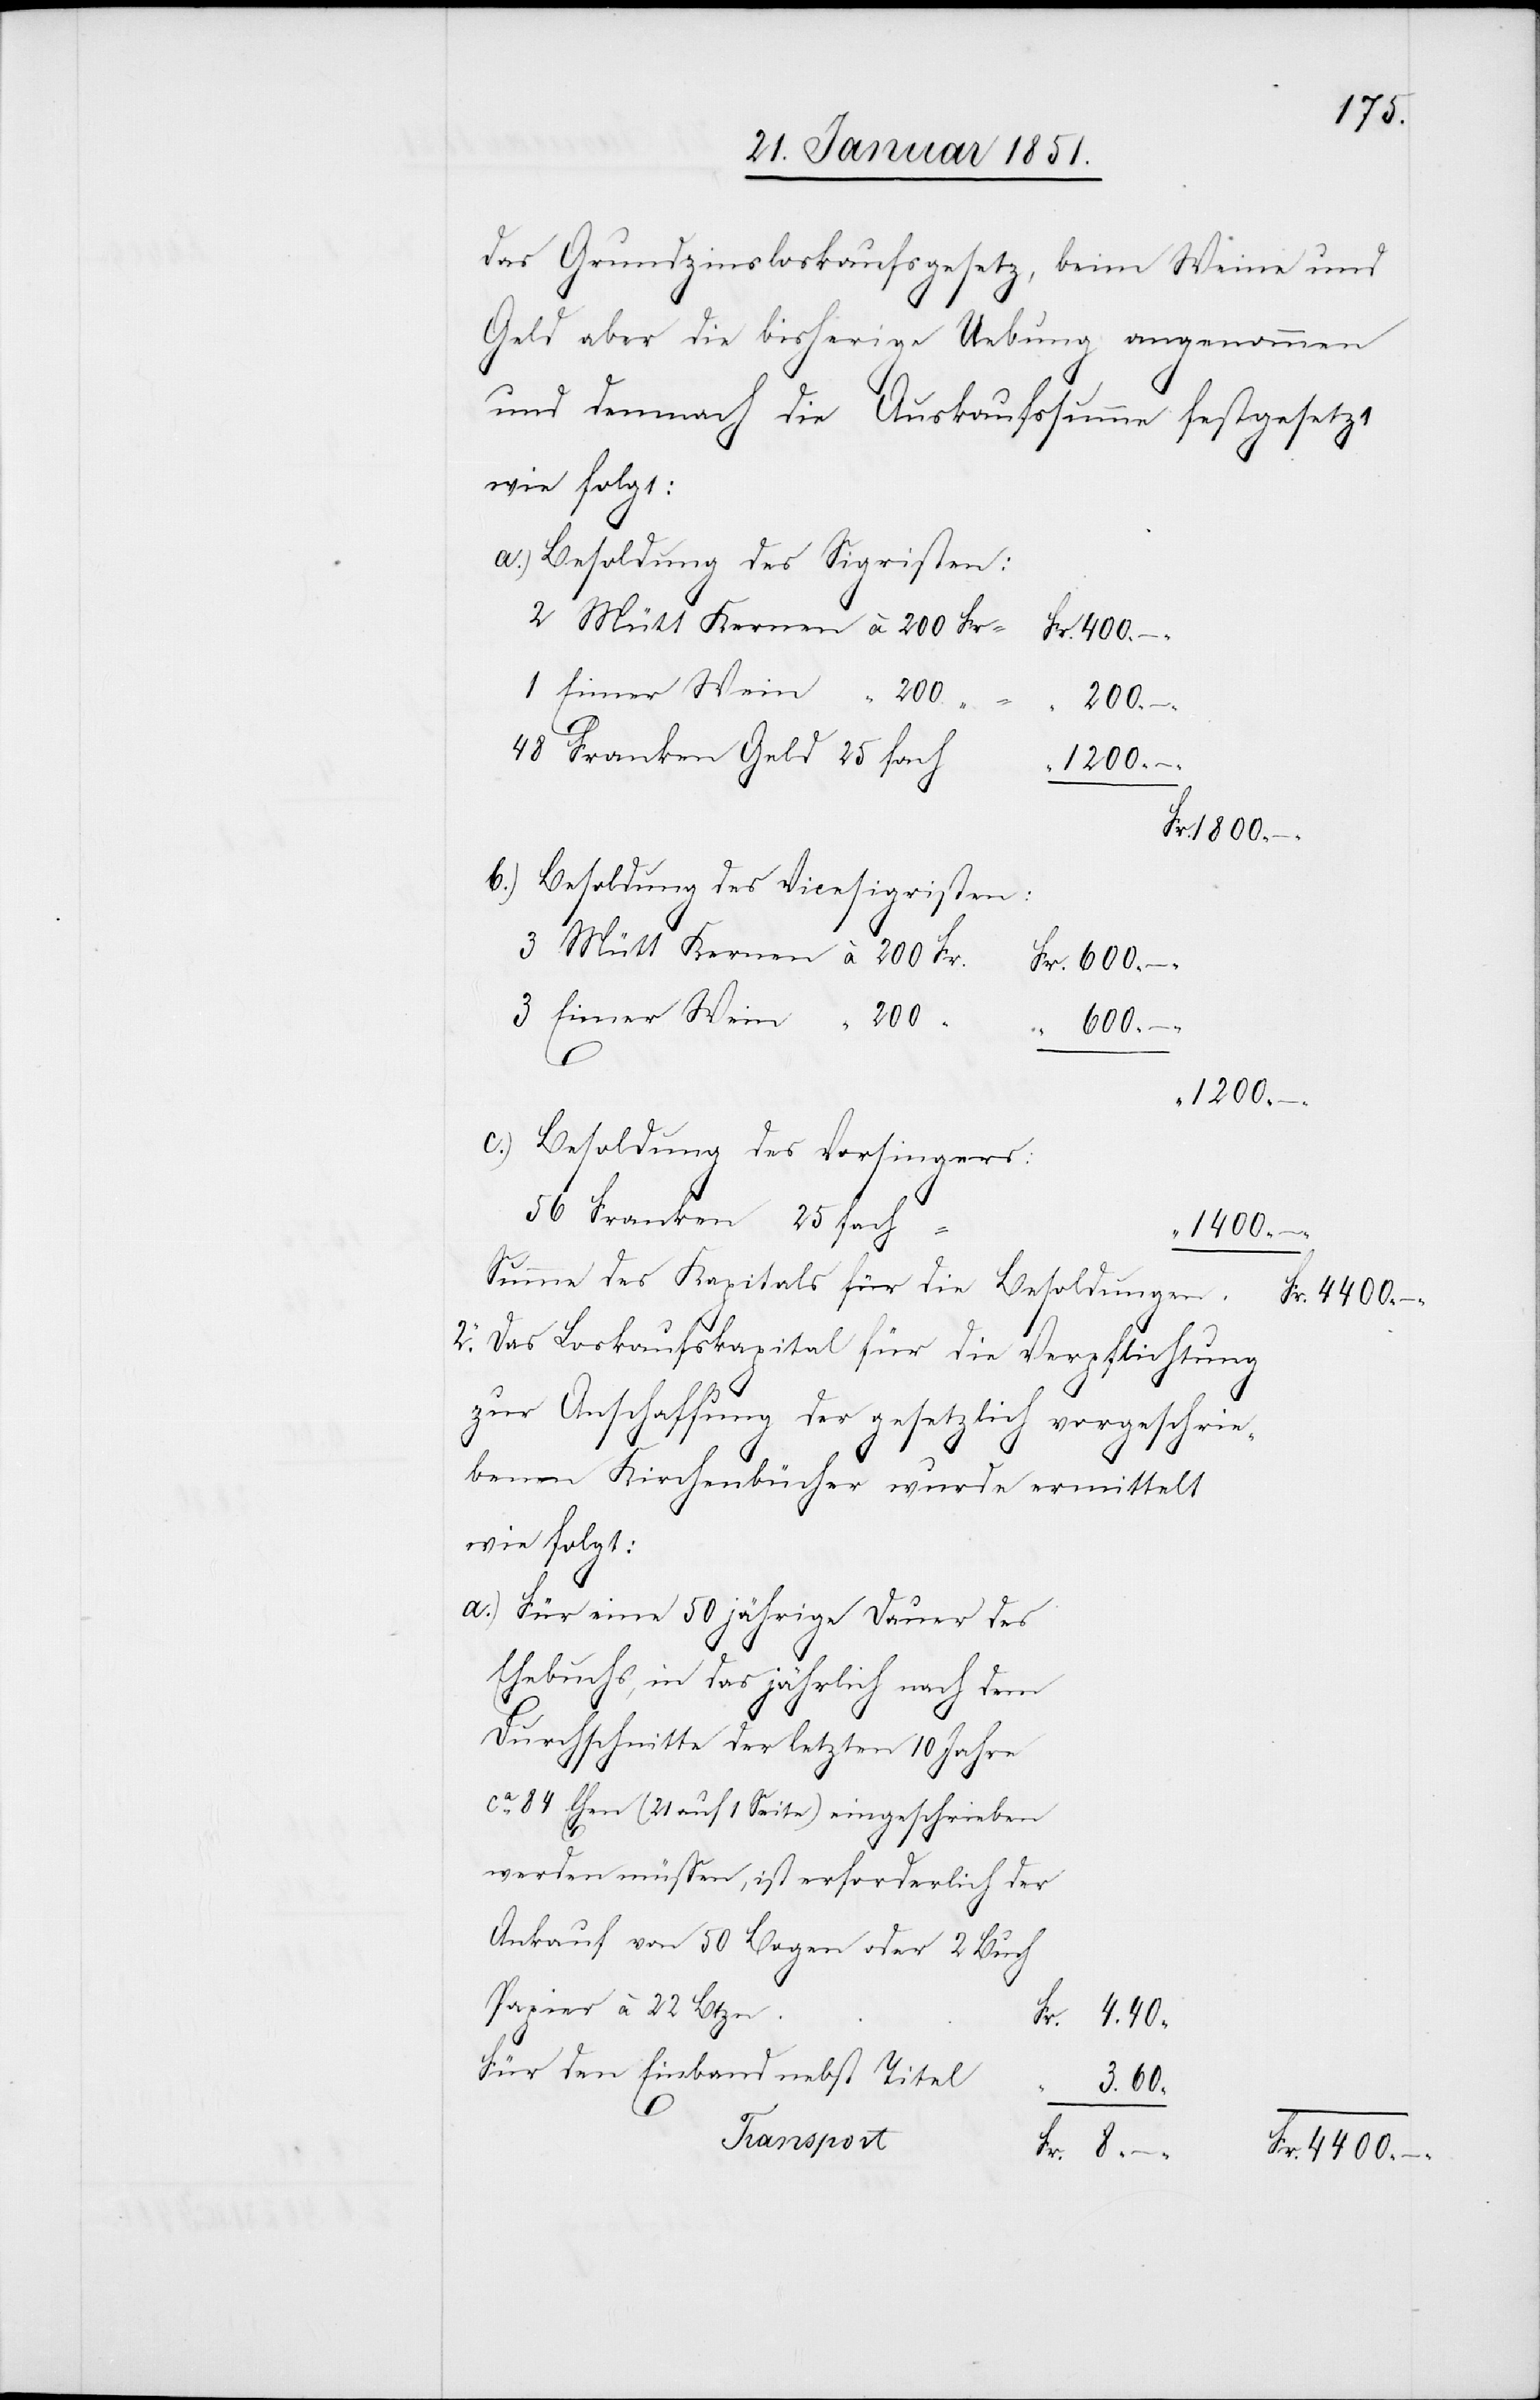
das Grundzinsloskaufsgesetz, beim Weine und
Geld aber die bisherige Uebung angenommen
–
und demnach die Auskaufssumme festgesetzt
Besoldung des Sigristen:
2 Mütt Kernen à 200 Fr
1 Eimer Wein “ 200
600 –
48 Franken Geld 25fach
1200 –
1800 –
Besoldung des Vicesigristen:
3 Mütt Kernen à 200 Fr.
3 Eimer Wein “ 200
2.
Besoldung des Vorsingers:
56 Franken 25fach
4400 –
Summe des Kapitals für die Besoldungen
Das Loskaufskapital für die Verpflichtung
zur Anschaffung der gesetzlich vorgeschrie¬
benen Kirchenbücher wurde ermittelt
wie folgt:
Für eine 50jährige Dauer des
Ehebuchs, in das jährlich nach dem
Durchschnitte der letzten 10 Jahre
ca. 84 Ehen (21 auf 1 Seite) eingeschrieben
werden müssen, ist erforderlich der
Ankauf von 50 Bogen oder 2 Buch
Papier à 22 Btzn.
Für den Einband nebst Titel
3.60
Transport